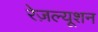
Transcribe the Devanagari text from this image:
रेज़ल्यूशन